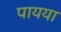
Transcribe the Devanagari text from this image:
पायया